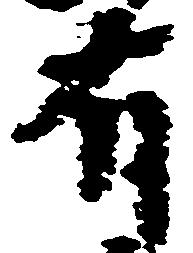
有